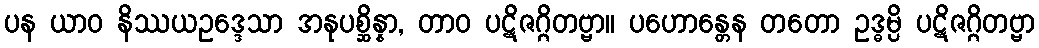
ပန ယာဝ နိဿယဥဒ္ဒေသာ အနုပစ္ဆိန္နာ, တာဝ ပဋိဇဂ္ဂိတဗ္ဗာ။ ပဟောန္တေန တတော ဥဒ္ဓမ္ပိ ပဋိဇဂ္ဂိတဗ္ဗာ